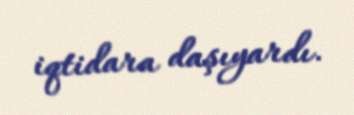
iqtidara daşıyardı.